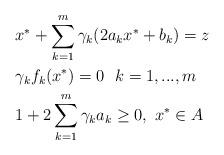
LaTeX: \begin{align*} &x^{*}+\sum\limits_{k=1}^m\gamma_k(2a_{k}x^{*}+b_{k})=z\ \ \\ &\gamma_kf_k(x^*)=0\ \ k=1,...,m \ \ \\ &1+2\sum\limits_{k=1}^m\gamma_k a_k\ge0,\ x^{*}\in A \ \ \end{align*}